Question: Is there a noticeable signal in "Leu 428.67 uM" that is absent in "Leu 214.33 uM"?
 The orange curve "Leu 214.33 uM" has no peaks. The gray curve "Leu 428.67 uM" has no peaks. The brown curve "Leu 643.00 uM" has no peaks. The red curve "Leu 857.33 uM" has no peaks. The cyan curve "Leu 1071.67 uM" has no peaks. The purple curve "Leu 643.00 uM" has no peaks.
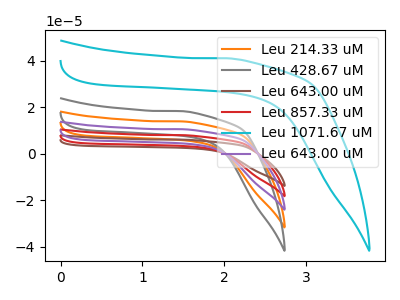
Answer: <think>Neither "Leu 428.67 uM" or "Leu 214.33 uM" have any peaks.
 </think>
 <answer>No, "Leu 428.67 uM" and "Leu 214.33 uM" don't appear to be significantly different in shape</answer>
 <eval>no_change</eval>